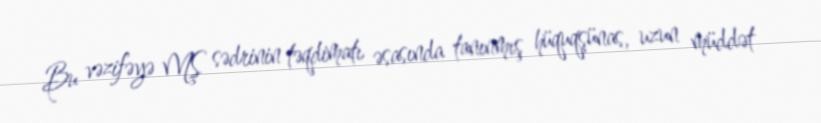
Bu vəzifəyə MŞ sədrinin təqdimatı əsasında tanınmış hüquqşünas, uzun müddət